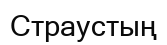
Страустың